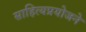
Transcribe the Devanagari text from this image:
साहित्यप्रयोजने